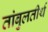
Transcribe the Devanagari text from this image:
तांबुलतीर्थ